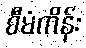
စီမံကိန်း